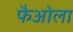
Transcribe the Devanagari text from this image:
फैओला